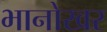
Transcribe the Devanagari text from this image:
भानोखर